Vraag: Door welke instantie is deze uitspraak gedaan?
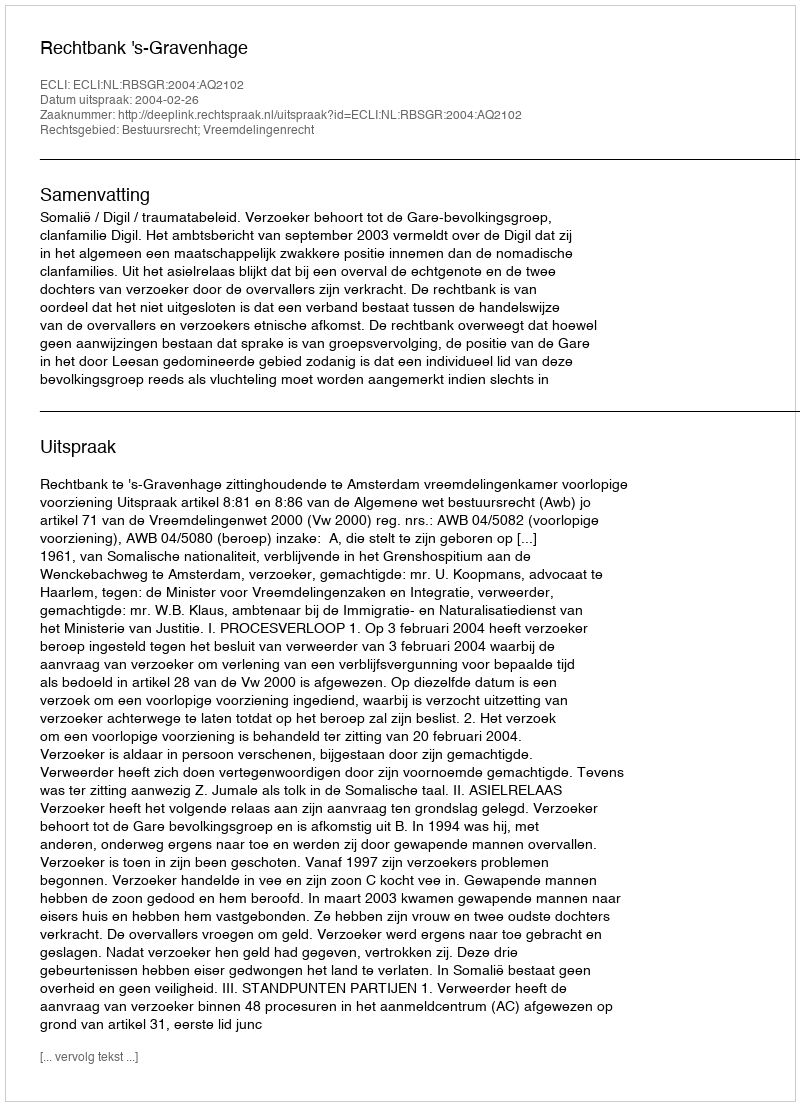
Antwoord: Rechtbank 's-Gravenhage